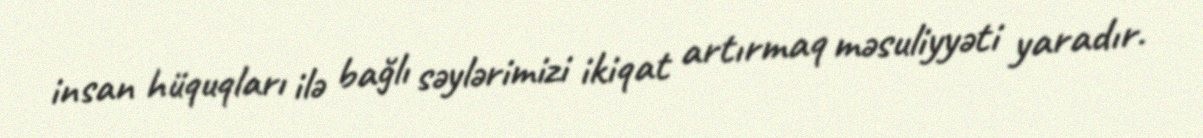
insan hüquqları ilə bağlı səylərimizi ikiqat artırmaq məsuliyyəti yaradır.